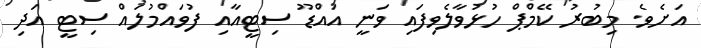
އަށެވެ. މިބުރު ކޭމްޕް ހުޅުވާލެވިފައި ވަނީ އައްޑޫ ސިޓީއާއި ފުވައްމުލައް ސިޓީ އަދި